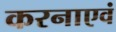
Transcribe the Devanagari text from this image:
करनाएवं